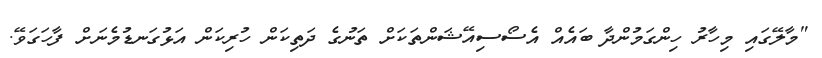
"މާލޭގައި މިހާރު ހިންގަމުންދާ ބައެއް އެސޯސިއޭޝަންތަކަށް ތަނުގެ ދަތިކަން ހުރިކަން އަޅުގަނޑުމެނަށް ފާހަގަވޭ.